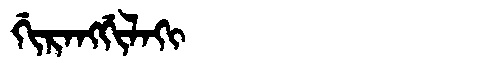
Manchu: ᡤᡳᡵᠠᠩᡤᡳᠯᠠᡴᡳ
Romanization: GIRANGGILAKI